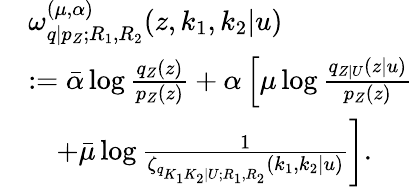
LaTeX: \begin{array}{rl}&{\omega_{q|p_{Z};R_{1},R_{2}}^{(\mu,\alpha)}({z},k_{1},k_{2}|u)}\\ &{:=\bar{\alpha}\log\frac{q_{{Z}}({z})}{p_{{Z}}({z})}+\alpha\left[{\mu}\log\frac{q_{{Z}|U}({z}|u)}{p_{{Z}}({z})}\right.}\\ &{\quad\left.+\bar{\mu}\log\frac{1}{\zeta_{q_{K_{1}K_{2}|U;R_{1},R_{2}}}(k_{1},k_{2}|u)}\right].}\end{array}